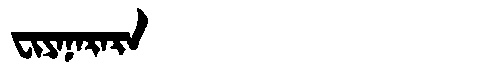
Manchu: ᠸᡳᠶᠠᠨᠠᡵᠠᡵᠠ
Romanization: FIYANARARA